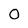
Character: O